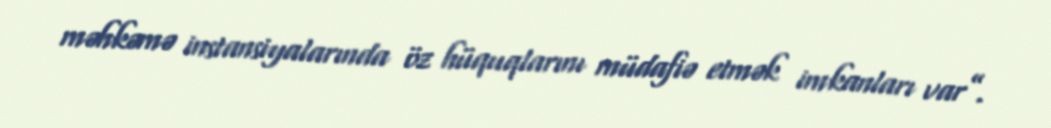
məhkəmə instansiyalarında öz hüquqlarını müdafiə etmək imkanları var”.